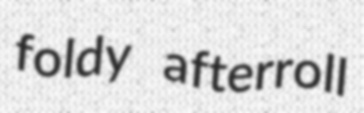
foldy afterroll